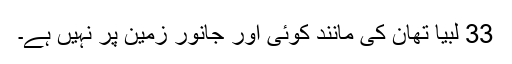
33 لبیا تھان کی مانند کوئی اور جانور زمین پر نہیں ہے۔